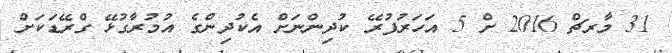
31 މާރޗް 2016 ށް 5 އަހަރުފުރޭ ކުދިންނަށް އެކުދިންގެ އުމުރާގުޅޭ ގްރޭޑަކަށް